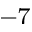
^ { - 7 }